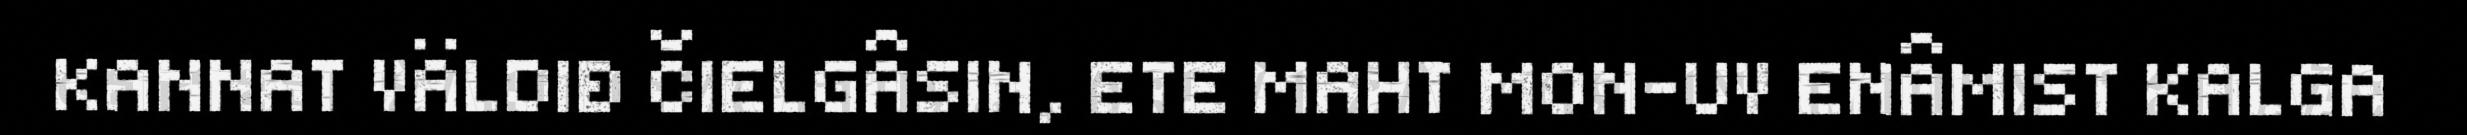
KANNAT VÄLDIĐ ČIELGÂSIN, ETE MAHT MON-UV ENÂMIST KALGA